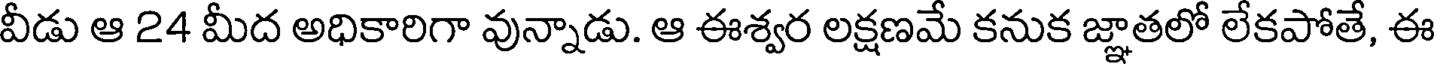
వీడు ఆ 24 మీద అధికారిగా వున్నాడు. ఆ ఈశ్వర లక్షణమే కనుక జ్ఞాతలో లేకపోతే, ఈ